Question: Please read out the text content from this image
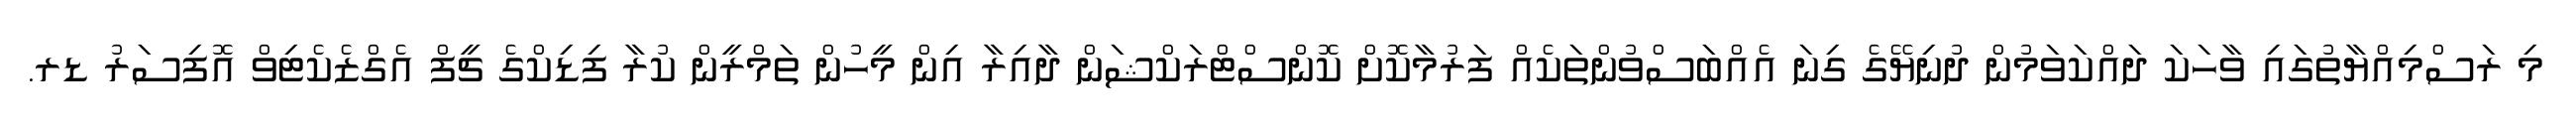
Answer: މި ރަސްމިއްޔާތުގައި ވާހަކަ ދައްކަވަމުން ދުނިޔޭގެ ގިނަ އެއްބަސްވުންތަކެއް ފަރުމާކޮށް ކޮންސްޓްރަކްޝަން ދާއިރާ އިން މީހުން ތަމްރީން ކުރާ ފިޑިކްގެ ޗީފް އެގްޒެކެޓިވް އޮފިސަރު ޑރ.